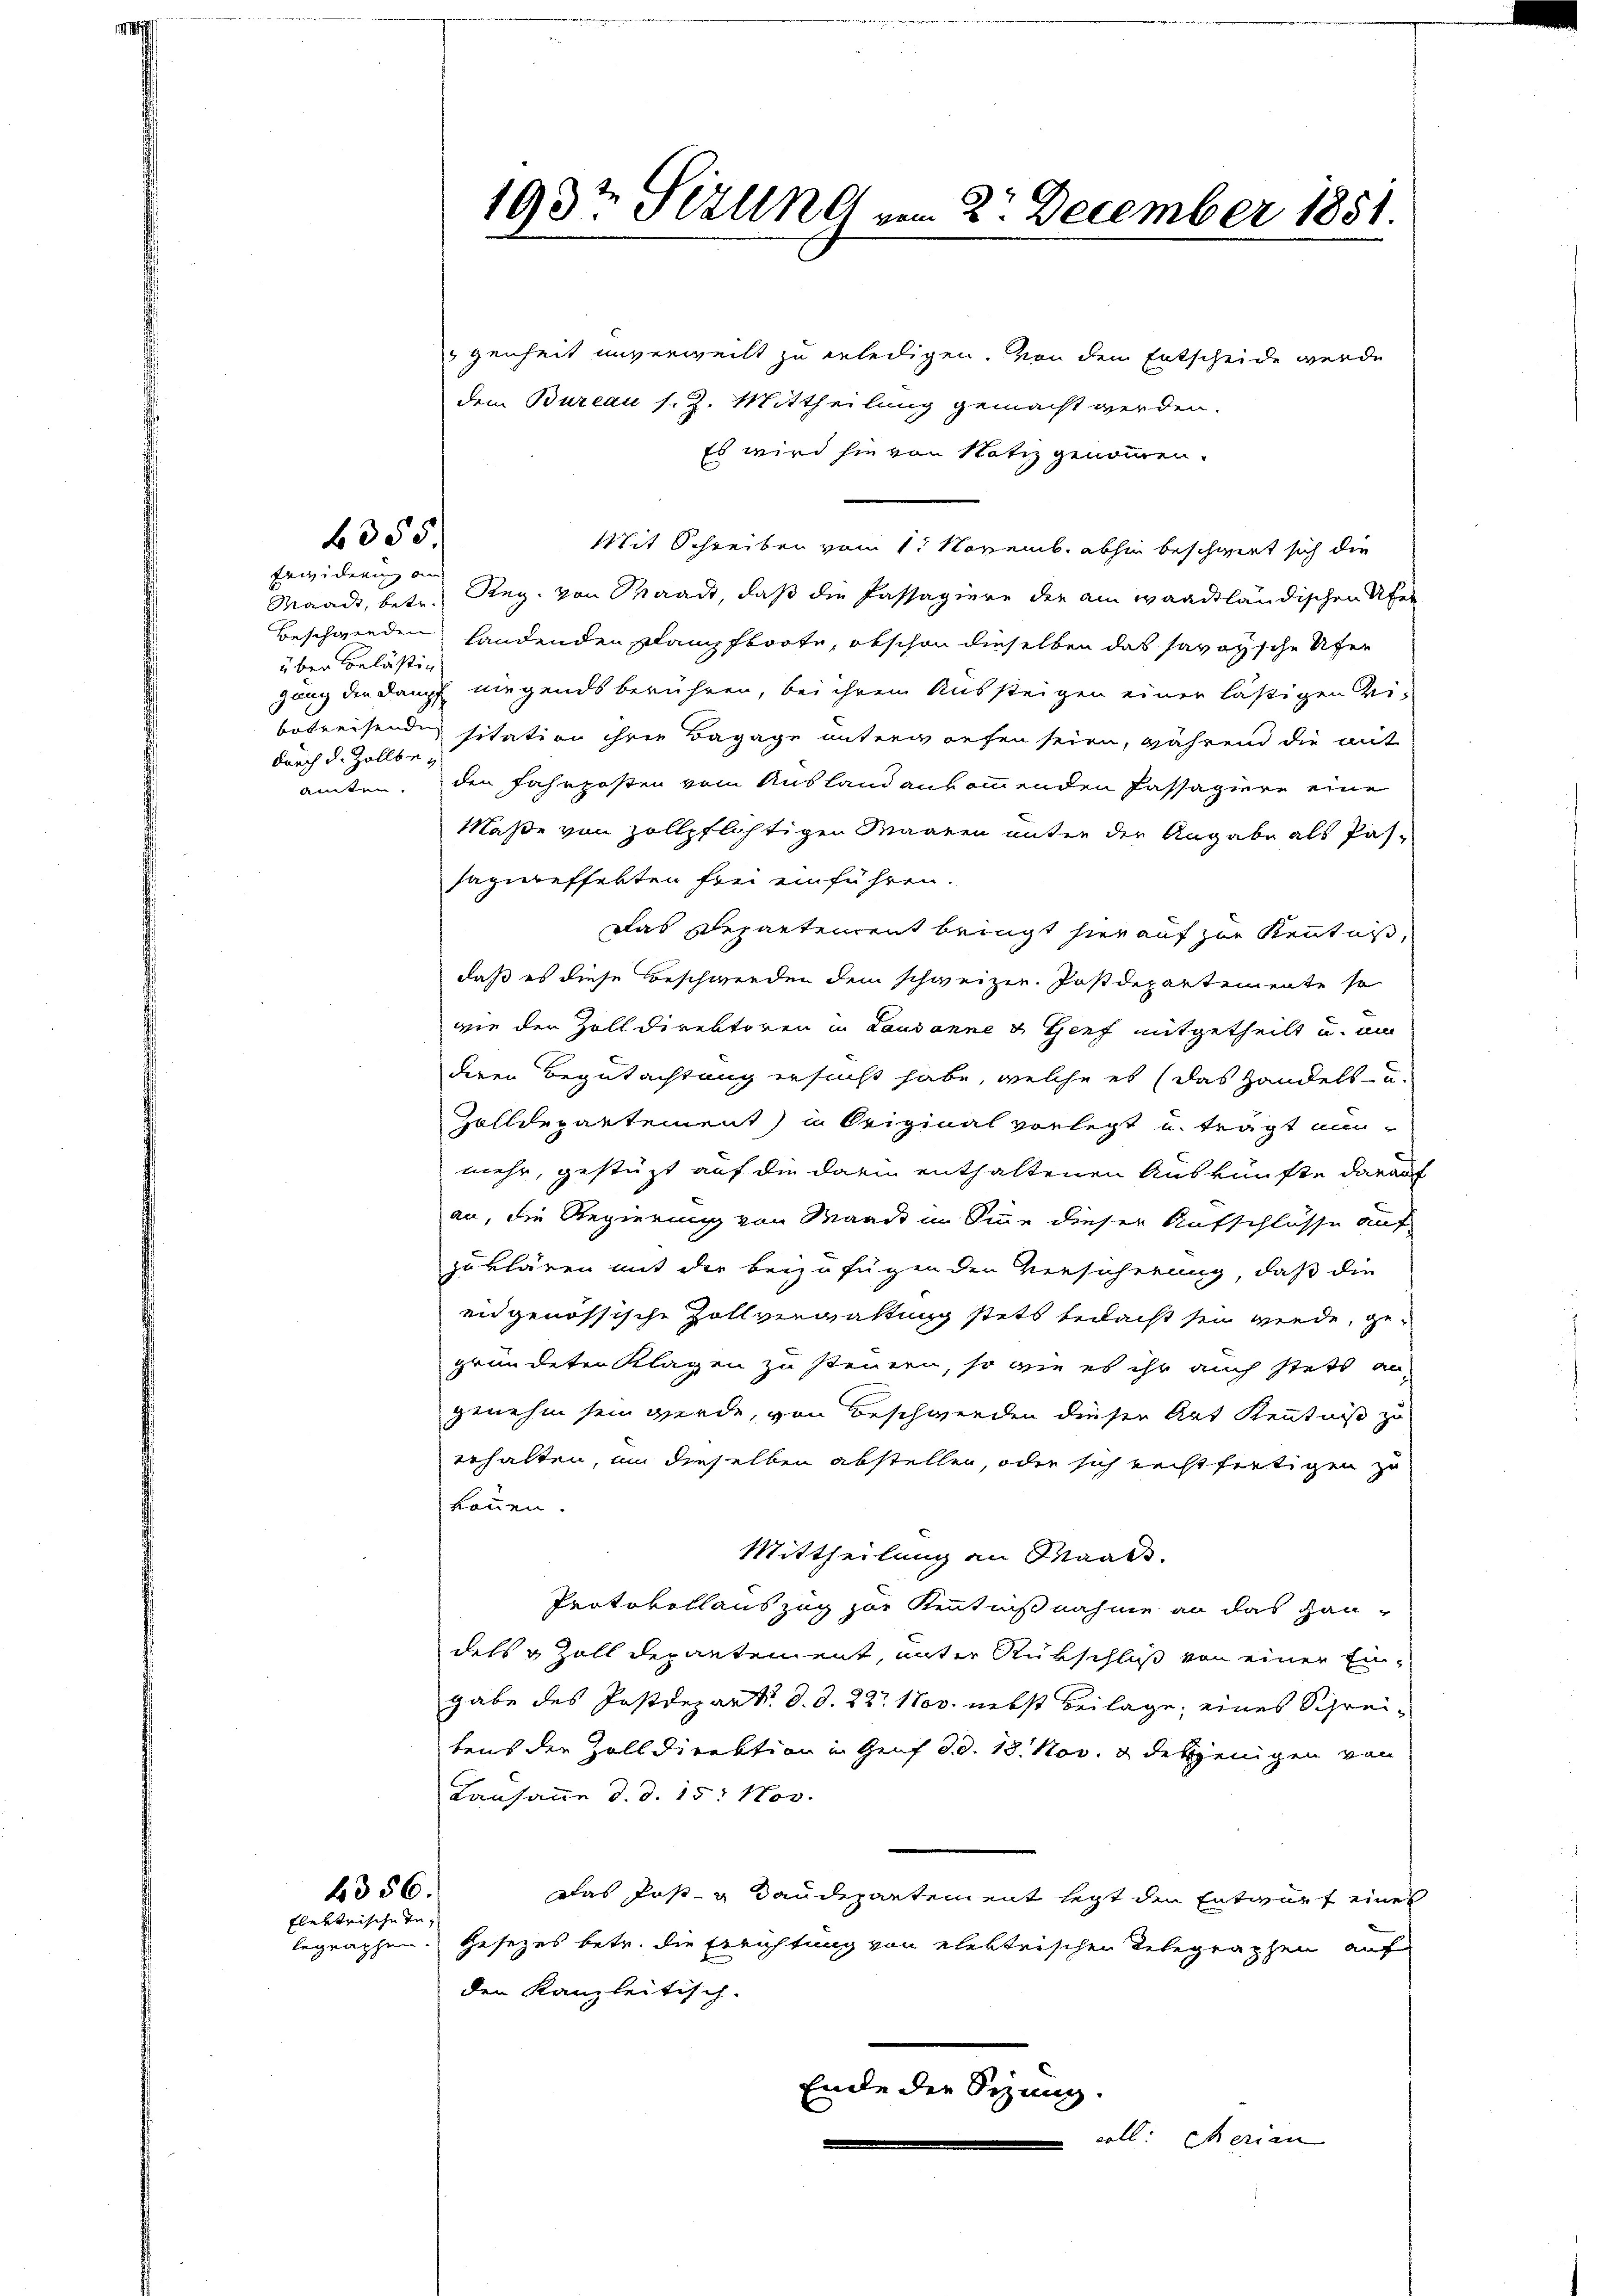
355

4356.
flektrische In¬

Erwiderung an
über Belästig
durch d. Zollbe¬

1937 Perung vom 2. December 1851.

genheit unverweilt zu erledigen. Von den Entscheide werde
dem Bureau s. Z. Mittheilung gemacht werden.
Es wird sie von Notiz genommen.
Mit Schreiben vom 1. Novemb. abhin beschwert sich die
Waadt, betr. Reg. von Waadt, daß die Passagiere der am waadtländischen Ufer
Beschwerden handenden Klampfboote, obschon dieselben das savoyische Ufer
gung der Dampf niegends berühren, bei ihrem Aussteigen einer lässigen Vibetreisenden sitation ihren Bagage unterworfen seien, während die mit
amten, den Fahrposten vom Ausland ankommenden Passagiere eine
Maße von zollpflichtigen Maaren unter der Angabe als Pas-
sagiereffekten frei einführen.
Das Departement bringt hier auf zur Kenntnis,
daß es diese Beschwerden dem schweizer. Postdepartemente so
wie der Zolldirektoren in Lausanne & Genf mitgetheilt und um
deren Begutachtung ersucht habe, welche es (das Handels- u.
Zolldepartement) in Original vorlegt u. trägt an-
mehr, gestüzt auf die darin enthaltenen Auskünfte darauf
an, die Regierung von Waadt im Sinne dieser Aufschlüsse auf
zuklären mit der beizufügenden Versicherung, daß die
ei genössische Zollverwaltung stets bedacht sein werde, gegründeten Klagen zu steuern, so wie es ihr auch stets an
genehm sein werde, von Beschwerden dieser Art Kenntniß zu
erhalten, um dieselben abstellen, oder sich rechtfertigen zu
können.
Mittheilung an Maaß.
Protokollauszug zur Kenntnißnahme an das Haudels & Zolldepantement, unter Rückschluß von einer Engabe des Postdepart d. d. 22. 1800. nebst Beilage, eines Schreibens der Zolldirektion in Genf d. d. 18. Nov. 1 desjenigen von
Kausanne d. d. 15. Nov.
Das Post- u Baudepartement legt den Entwurf eines
begraphen. Gesezes betr. die Errichtung von elektrischen Telegraphen auf
den Kanzleitisch-
Ende der Sizung.
coll. Merian